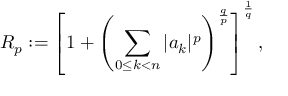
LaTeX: R _ { p } : = \left[ 1 + \left( \sum _ { 0 \leq k < n } | a _ { k } | ^ { p } \right) ^ { \frac { q } { p } } \right] ^ { \frac { 1 } { q } } ,